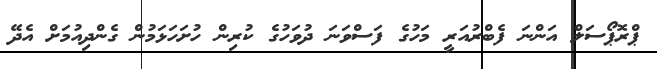
ޕްރޮޕޯސަލް އަންނަ ފެބްރުއަރީ މަހުގެ ފަސްވަނަ ދުވަހުގެ ކުރިން ހުށަހަޅަމުން ގެންދިއުމަށް އެދޭ